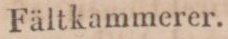
Fältkammerer.